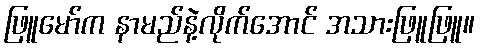
ဖြူမော်က နာမည်နဲ့လိုက်အောင် အသားဖြူဖြူ။